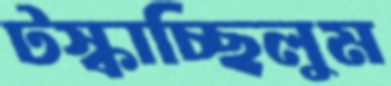
টস্‌কাচ্ছিলুম